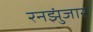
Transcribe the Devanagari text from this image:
रनझुंजार